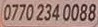
0770 234 0088